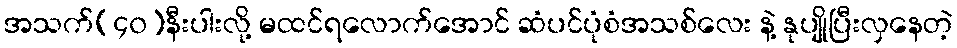
အသက်(၄၀)နီးပါးလို့ မထင်ရလောက်အောင် ဆံပင်ပုံစံအသစ်လေး နဲ့ နုပျိုပြီးလှနေတဲ့